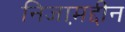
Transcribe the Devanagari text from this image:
निजाम़द्दीन